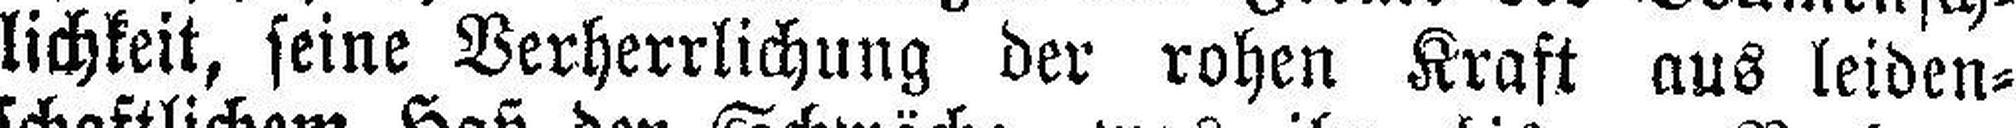
lichkeit, seine Verherrlichung der rohen Kraft aus leiden¬